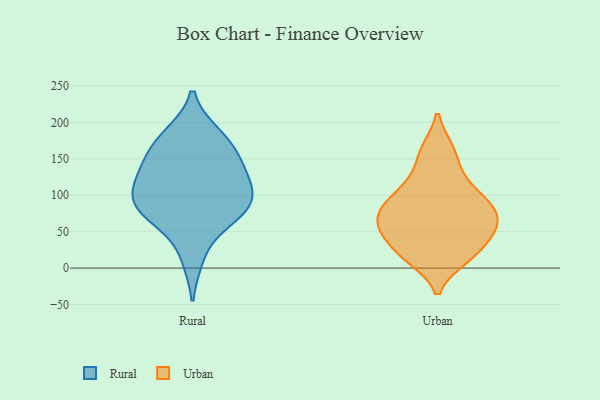
{"axis": {"x": "Waste Production (Tons)", "y": "Value"}, "legend": ["Rural", "Urban"], "data": [{"x": "", "y": 112, "type": "Rural"}, {"x": "", "y": 145, "type": "Rural"}, {"x": "", "y": 90, "type": "Rural"}, {"x": "", "y": 180, "type": "Rural"}, {"x": "", "y": 74, "type": "Rural"}, {"x": "", "y": 142, "type": "Rural"}, {"x": "", "y": 110, "type": "Rural"}, {"x": "", "y": 183, "type": "Rural"}, {"x": "", "y": 90, "type": "Rural"}, {"x": "", "y": 124, "type": "Rural"}, {"x": "", "y": 164, "type": "Rural"}, {"x": "", "y": 76, "type": "Rural"}, {"x": "", "y": 70, "type": "Rural"}, {"x": "", "y": 15, "type": "Rural"}, {"x": "", "y": 20, "type": "Urban"}, {"x": "", "y": 61, "type": "Urban"}, {"x": "", "y": 127, "type": "Urban"}, {"x": "", "y": 13, "type": "Urban"}, {"x": "", "y": 46, "type": "Urban"}, {"x": "", "y": 95, "type": "Urban"}, {"x": "", "y": 77, "type": "Urban"}, {"x": "", "y": 163, "type": "Urban"}, {"x": "", "y": 54, "type": "Urban"}, {"x": "", "y": 91, "type": "Urban"}]}